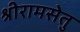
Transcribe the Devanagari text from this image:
श्रीरामसेतु